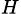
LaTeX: _H